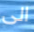
الى